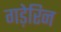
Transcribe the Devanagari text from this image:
गड़ेरिन